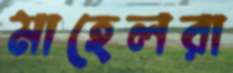
মাহেলরা